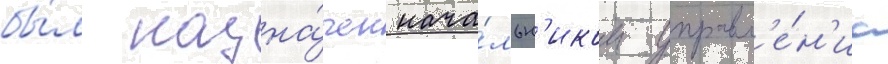
бы́л назна́чен нача́льн'иком управл'е́н'иа